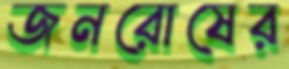
জনরোষের